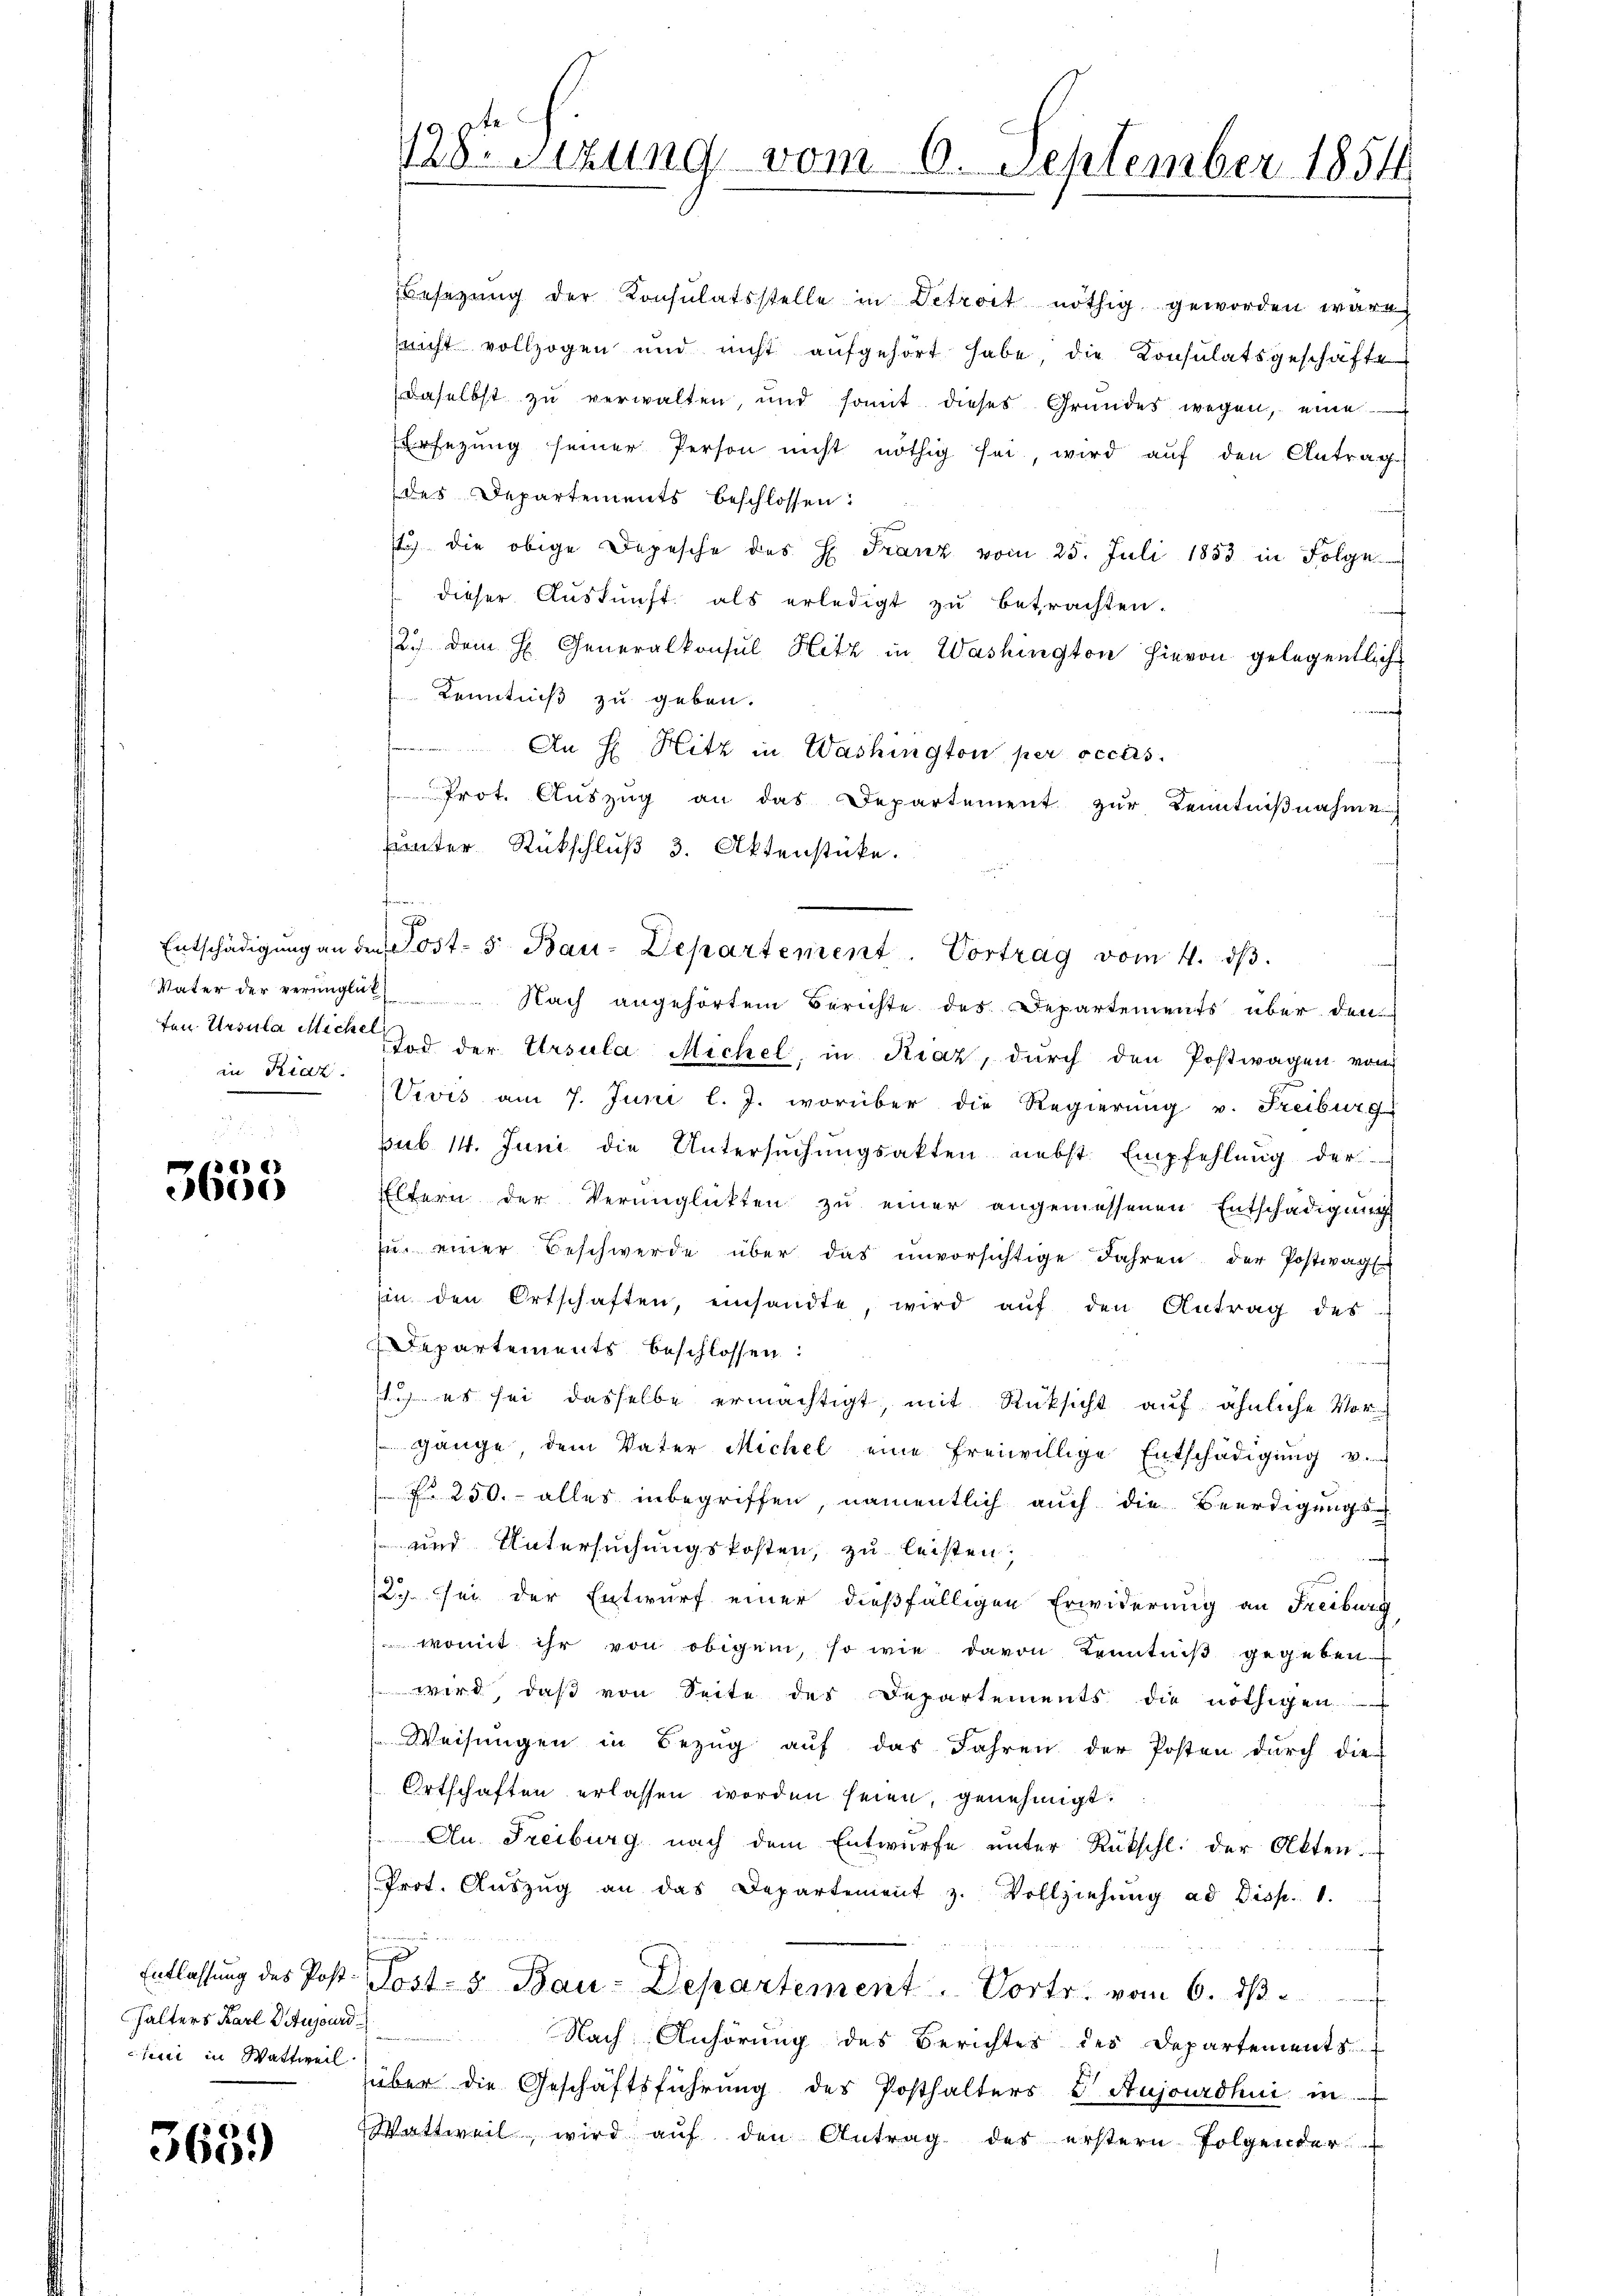
in Riet

4
3600

halters Karl 2. Augsurd
ni in Wattweil

3639

Besetzung der Konsulatsstelle in Detroit nöthig geworden wäre,
nicht vollzogen und nicht aŭfgehört habe, die Konsulatsgeschäfte
daselbst zu verwalten, und somit dieses Grŭndes wegen, eine
Ersezung seiner Person nicht nöthig sei, wird aŭf den Antrag
des Departements beschlossen:
1) die obige Depesche des H. Franz vom 25. Juli 1883 in Folge
dieser Aŭskŭnft als erledigt zŭ betrachten.
2./ dem H. Generalkonsul Hitz in Washington hievon gelegentliche
Kenntniß zu geben.
 An H Hitz in Washington per occurs
Prot. Aŭszŭg an das Departement zŭr Kenntniβnahme
uunter Rückschluß 3. Aktenstücke.
J
Entschädigung an den Ost- 5 Bau-Departement. Vortrag vom 4. ds.
Vater der verünglick Nach angehörtem Berichte des Departements über den
ten Ursula Meck und der Ursula Michel, in Kraz, durch den Postwagen vom
Vivis am 7. Juni l. J. worüber die Regierung v. Freiburg
pub 14. Juni die Untersuchungsakten nebst. Empfehlung der
Eltern der Verunglückten zu einer angemessenen Entschädigung
zŭ einer Beschwerde über das ŭnvorsichtige Jahren der Postwag
Ein den Ortschaften, einsandte, wird auf den Antrag des
Departements beschlossen:
si es sei dasselbe ermächtigt, mit Rücksicht auf ähnliche Vorgänge, dem Vater Michel eine freiwillige Entschädigŭng v.
 No 250.- alles inbegriffen, namentlich auch die Beerdigungs-
 und Untersuchungskosten, zu leisten.
/27. Sei der Entwurf einer dießfälligen Erwiderung an Freiburg
 womit ihr von obigem, so wie davon Kenntniß gegeben
wird, daß von Seite des Departements die nöthigen
Weisungen in Bezug auf das Jahren der Posten durch die
Ortschaften erlassen worden seien, genehmigt.
An Freiburg nach dem Entwurfe unter Rückschl. der Akten.
Prot. Aŭszŭg an das Departement z. Vollziehung ad Disp. 1.
Entlassŭng des Post. Post- & Bau-Departement. Vortr. vom 6. dβ
Nach Anhörung des Berichtes des Departements
über die Geschäftsführung des Posthalters & Aujourdhui in
Wattweil, wird aŭf den Antrag des erstern folgender

ten

9 te
Passizung vom 6. September 1854